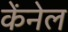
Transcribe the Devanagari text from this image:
केंनेल